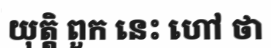
យុត្តិ ពួក នេះ ហៅ ថា